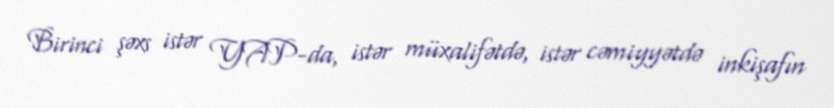
Birinci şəxs istər YAP-da, istər müxalifətdə, istər cəmiyyətdə inkişafın